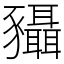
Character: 䝕